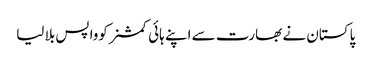
پاکستان نے بھارت سے اپنے ہائی کمشنر کوواپس بلا لیا